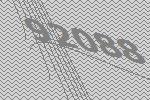
92088